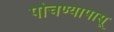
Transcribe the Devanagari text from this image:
पोचण्यापासू